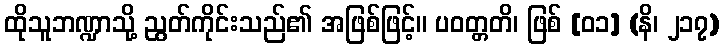
ထိုသူဘဏ္ဍာသို့ ညွတ်ကိုင်းသည်၏ အဖြစ်ဖြင့်။ ပဝတ္တတိ၊ ဖြစ် [၀၁] (နိ၊ ၂၁၇)